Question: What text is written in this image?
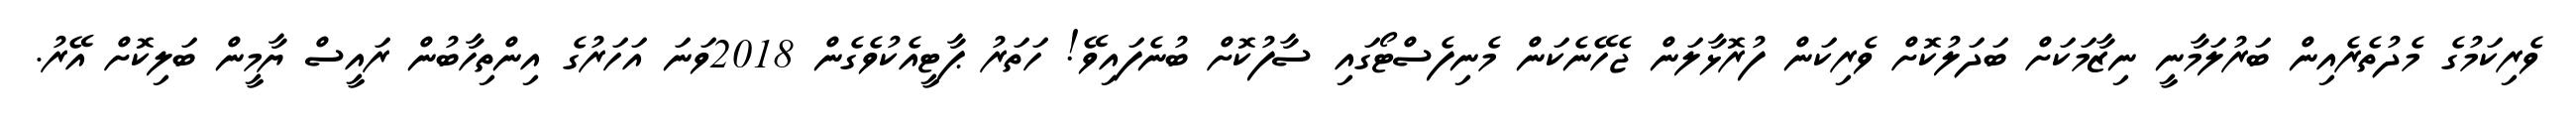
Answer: ވެރިކަމުގެ މެދުތެރެއިން ބަރުލަމާނީ ނިޒާމަކަށް ބަދަލުކޮށް ވެރިކަން ފުރޮޅާލަން ޖެހޭނެކަން މެނިފެސްޓޯގައި ސާފުކޮށް ބުނެފައިވޭ! ހަތަރު ޕާޓީއެކުވެގެން 2018ވަނަ އަހަރުގެ އިންތިހާބުން ރައީސް ޔާމީން ބަލިކޮށް އޭރު.